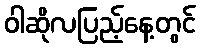
ဝါဆိုလပြည့်နေ့တွင်